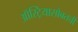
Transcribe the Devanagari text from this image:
ऑस्ट्रियासोबतची